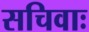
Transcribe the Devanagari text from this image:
सचिवाः